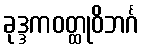
ခုဒ္ဒကဝတ္ထုဝိဘင်္ဂ